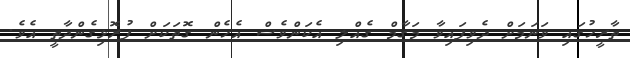
ތާރީހުގައި ވަނަމަށް ދެވިފައިވާ މަގާމް ގެއްލި އެކަންވެސް އެހެން ގޮތަކަށް ފުރޮޅިގެންދާތީ އެވެ.